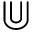
\Cup